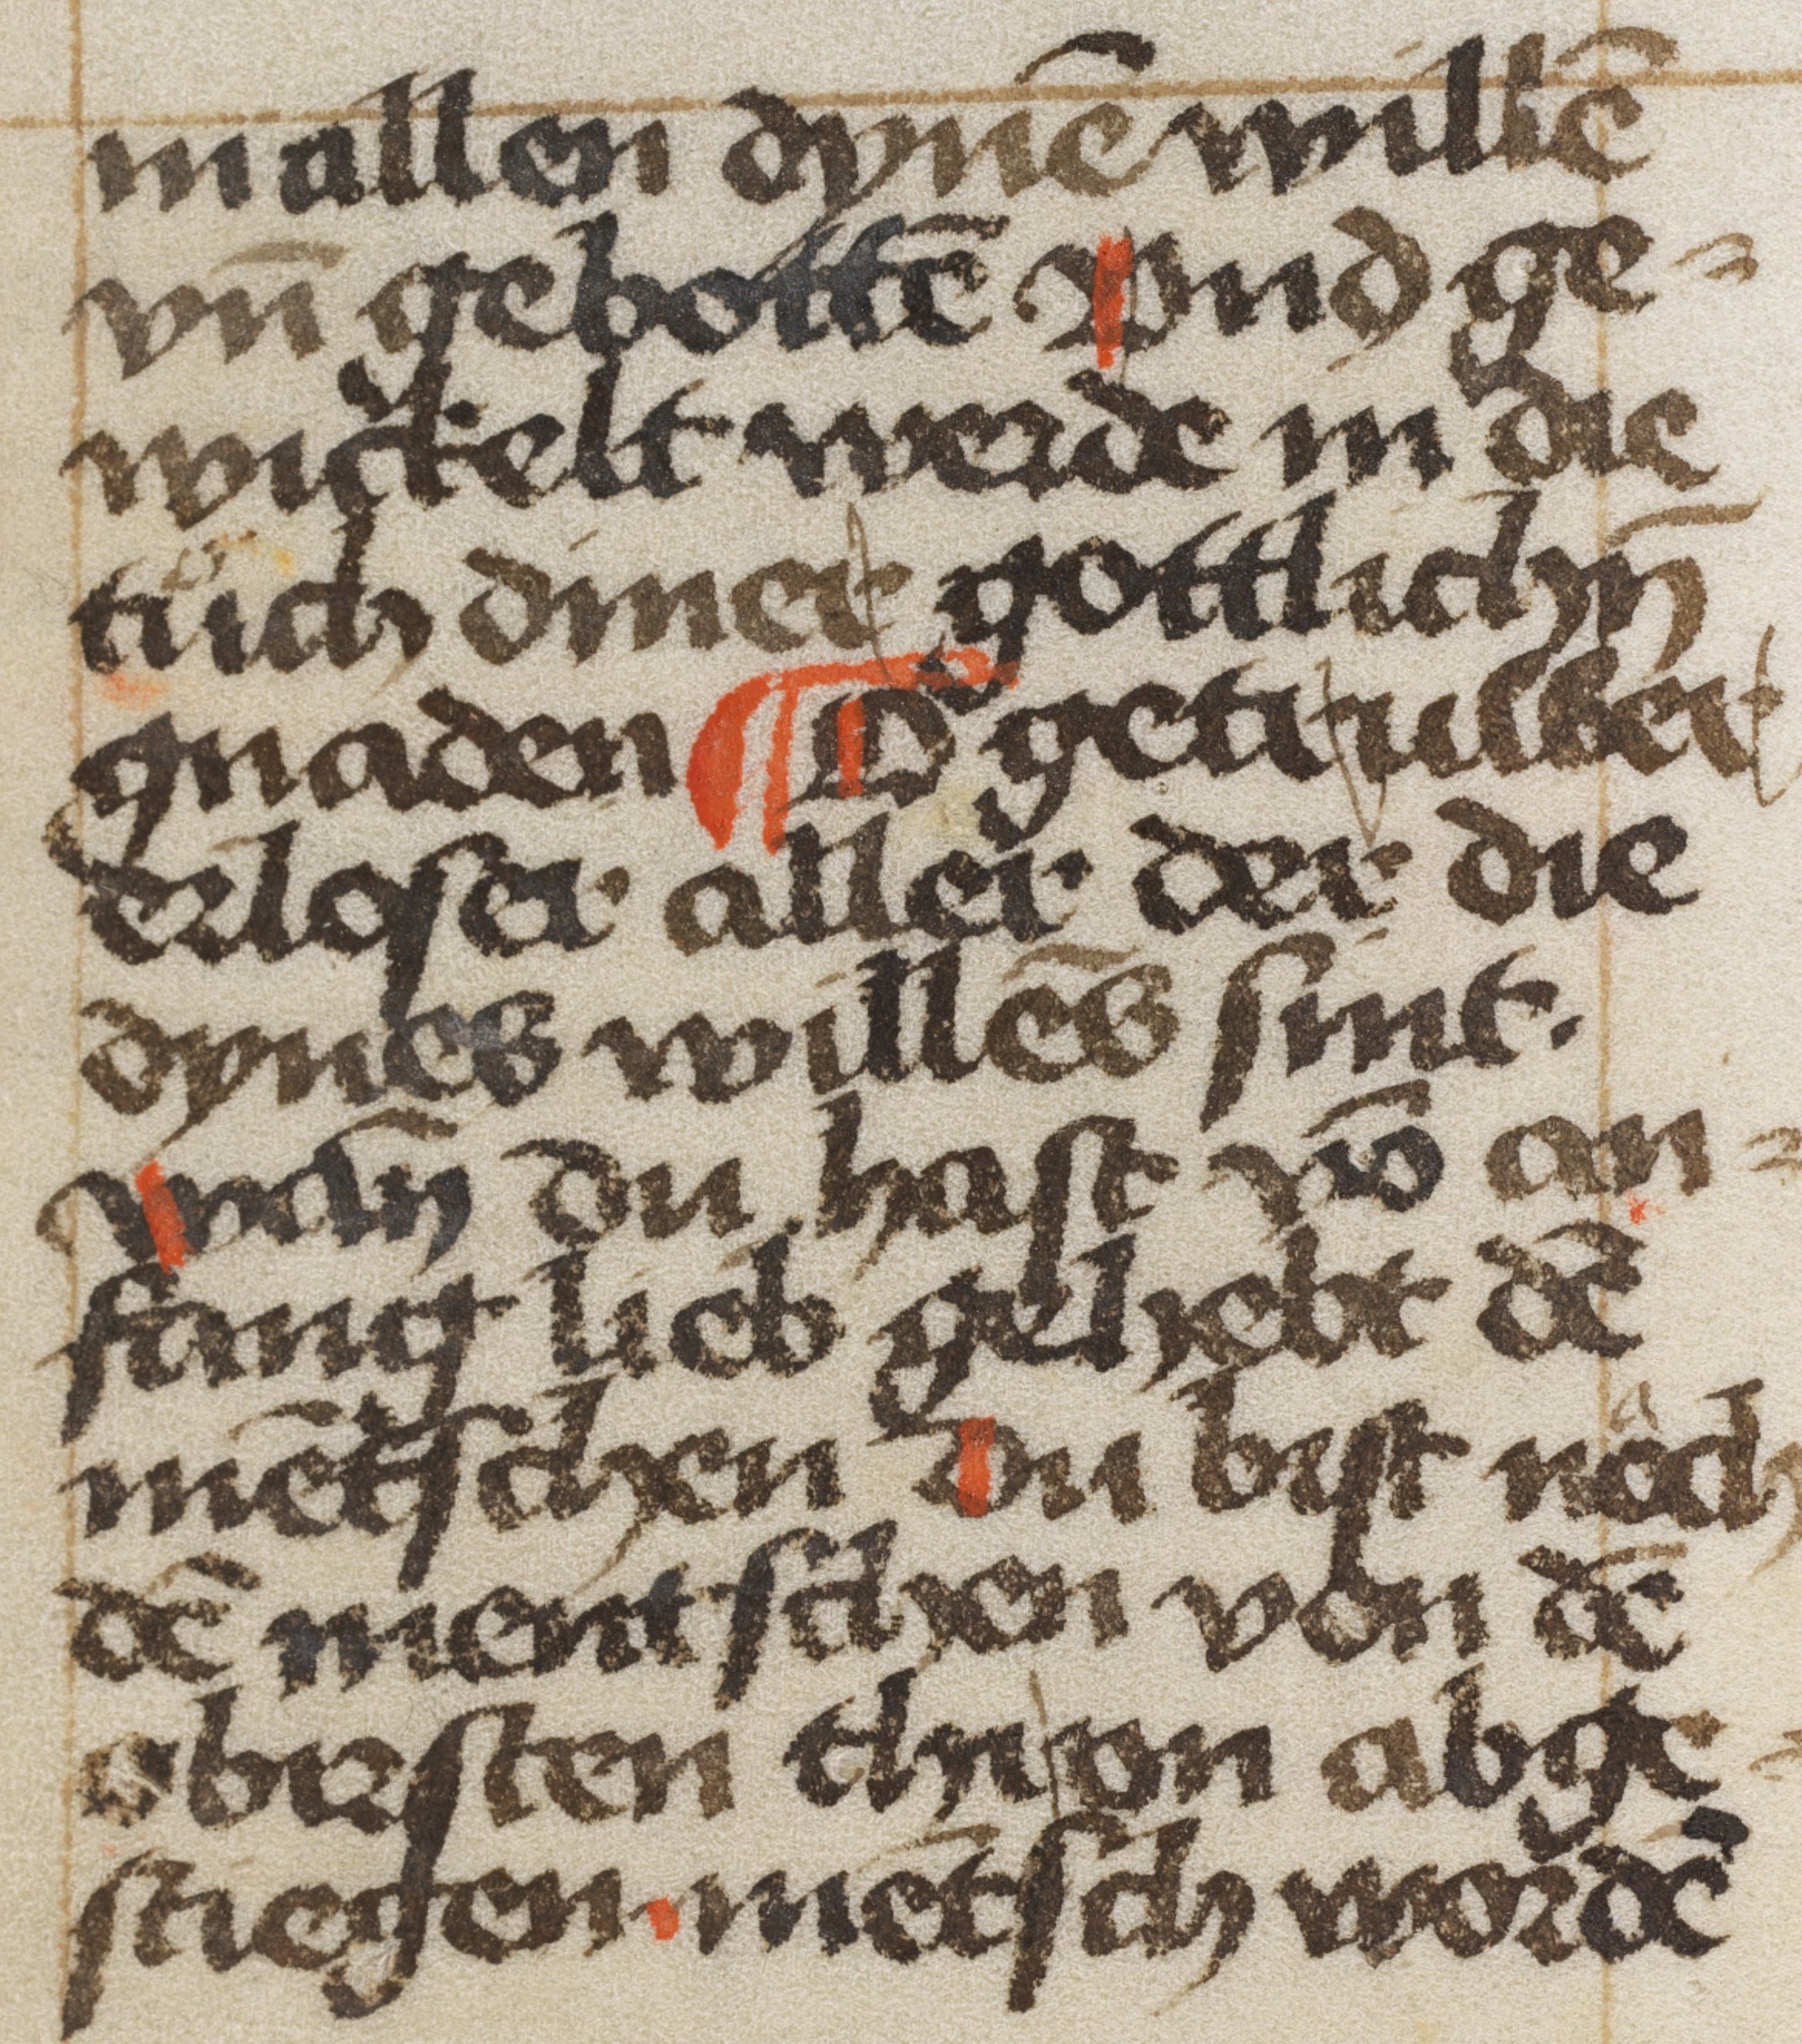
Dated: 1350–1499